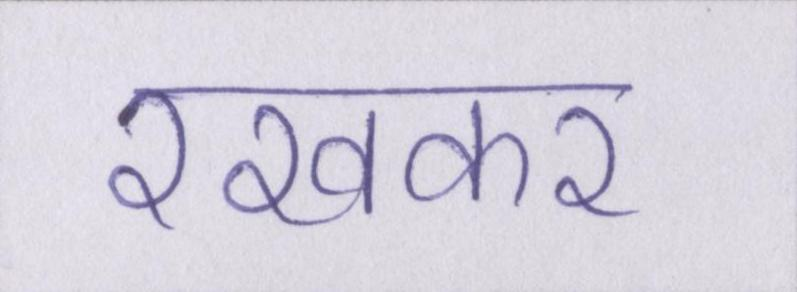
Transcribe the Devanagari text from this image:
रखकर